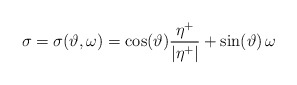
\begin{align*}\sigma =\sigma(\vartheta,\omega)= \cos(\vartheta) \frac{\eta^+}{|\eta^+|} + \sin (\vartheta)\, \omega\end{align*}